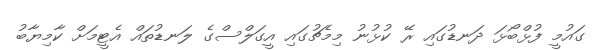
ގައުމީ ފުޅްބޯޅަ ދަނޑުގައި ރޭ ކުޅުނު މިމެޗުގައި އީގަލްސްގެ ލަނޑުތައް އެޓީމަށް ކާމިޔާބު